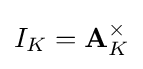
I_{K}=\mathbf {A} _{K}^{\times }